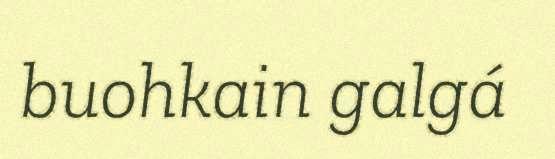
buohkain galgá